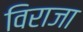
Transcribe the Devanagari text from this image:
विराजा